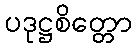
ပဒုဋ္ဌစိတ္တော